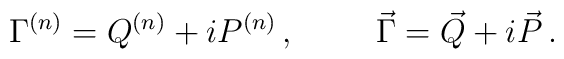
\Gamma^{(n)} = Q^{(n)}+iP^{(n)}\, ,\hspace{1cm}\vec{\Gamma} = \vec{Q}+i\vec{P}\, .